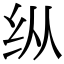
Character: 纵